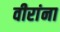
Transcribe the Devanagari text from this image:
वीरांना